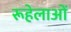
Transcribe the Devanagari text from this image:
रूहेलाओं